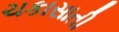
ચકાસાતી